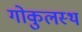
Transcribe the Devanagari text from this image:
गोकुलस्थ